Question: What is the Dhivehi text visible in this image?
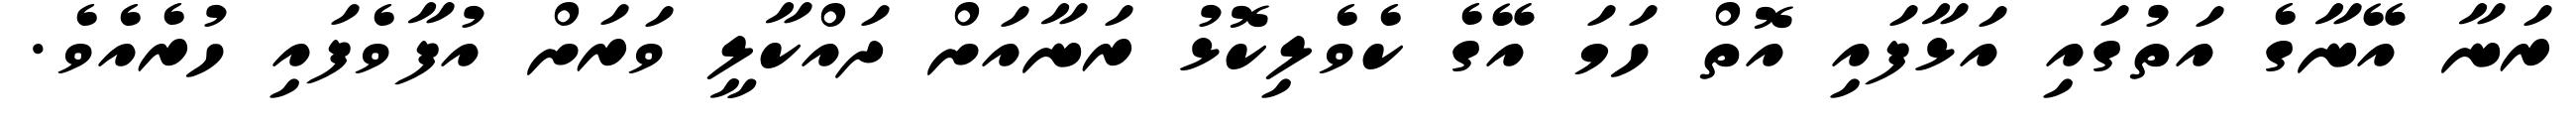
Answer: ރަނާ އޭނާގެ އަތުގައި އަޅާފައި އޮތް ހަމަ އޭގެ ކެވެލިކޮޅު ރަނާއަށް ދައްކާލީ ވަރަށް އުފާވެފައި ހުރެއެވެ.